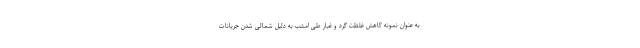
به عنوان نمونه کاهش غلظت گرد و غبار طی امشب به دلیل شمالی شدن جریانات